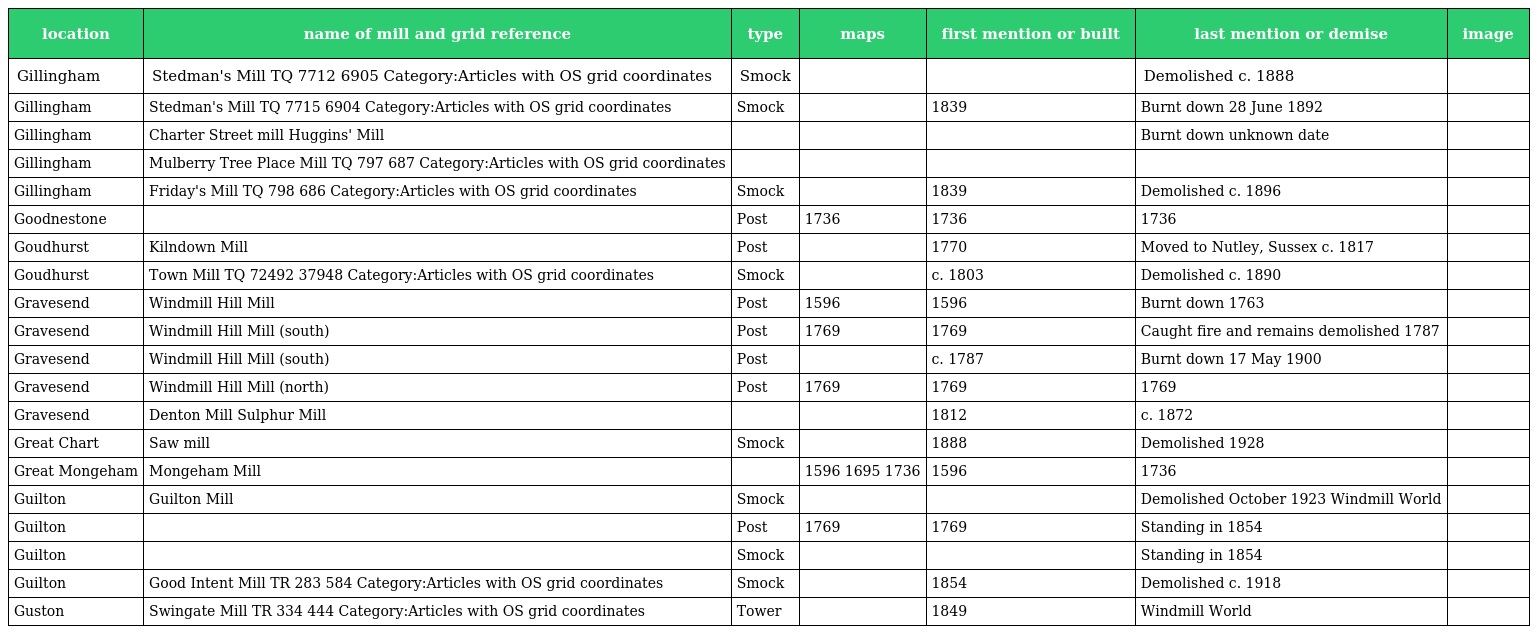
| location | name of mill and grid reference | type | maps | first mention or built | last mention or demise | image |
 | --- | --- | --- | --- | --- | --- | --- |
 | Gillingham | Stedman's Mill TQ 7712 6905 Category:Articles with OS grid coordinates | Smock |  |  | Demolished c. 1888 |  |
 | Gillingham | Stedman's Mill TQ 7715 6904 Category:Articles with OS grid coordinates | Smock |  | 1839 | Burnt down 28 June 1892 |  |
 | Gillingham | Charter Street mill Huggins' Mill |  |  |  | Burnt down unknown date |  |
 | Gillingham | Mulberry Tree Place Mill TQ 797 687 Category:Articles with OS grid coordinates |  |  |  |  |  |
 | Gillingham | Friday's Mill TQ 798 686 Category:Articles with OS grid coordinates | Smock |  | 1839 | Demolished c. 1896 |  |
 | Goodnestone |  | Post | 1736 | 1736 | 1736 |  |
 | Goudhurst | Kilndown Mill | Post |  | 1770 | Moved to Nutley, Sussex c. 1817 |  |
 | Goudhurst | Town Mill TQ 72492 37948 Category:Articles with OS grid coordinates | Smock |  | c. 1803 | Demolished c. 1890 |  |
 | Gravesend | Windmill Hill Mill | Post | 1596 | 1596 | Burnt down 1763 |  |
 | Gravesend | Windmill Hill Mill (south) | Post | 1769 | 1769 | Caught fire and remains demolished 1787 |  |
 | Gravesend | Windmill Hill Mill (south) | Post |  | c. 1787 | Burnt down 17 May 1900 |  |
 | Gravesend | Windmill Hill Mill (north) | Post | 1769 | 1769 | 1769 |  |
 | Gravesend | Denton Mill Sulphur Mill |  |  | 1812 | c. 1872 |  |
 | Great Chart | Saw mill | Smock |  | 1888 | Demolished 1928 |  |
 | Great Mongeham | Mongeham Mill |  | 1596 1695 1736 | 1596 | 1736 |  |
 | Guilton | Guilton Mill | Smock |  |  | Demolished October 1923 Windmill World |  |
 | Guilton |  | Post | 1769 | 1769 | Standing in 1854 |  |
 | Guilton |  | Smock |  |  | Standing in 1854 |  |
 | Guilton | Good Intent Mill TR 283 584 Category:Articles with OS grid coordinates | Smock |  | 1854 | Demolished c. 1918 |  |
 | Guston | Swingate Mill TR 334 444 Category:Articles with OS grid coordinates | Tower |  | 1849 | Windmill World |  |